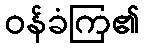
ဝန်ခံကြ၏